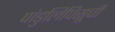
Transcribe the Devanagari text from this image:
पांडुलिपिसूची